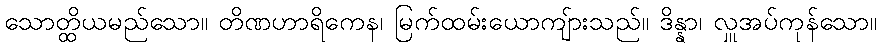
သောတ္ထိယမည်သော။ တိဏဟာရိကေန၊ မြက်ထမ်းယောကျ်ားသည်။ ဒိန္နာ၊ လှူအပ်ကုန်သော။